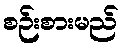
စဉ်းစားမည်